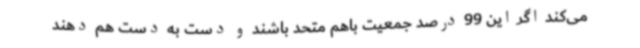
می‌کند اگر این 99 درصد جمعیت باهم متحد باشند و دست به دست هم دهند